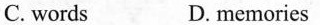
C. words D. memories